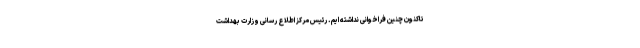
تاکنون چنین فراخوانی نداشته ایم. رئیس مرکز اطلاع رسانی وزارت بهداشت